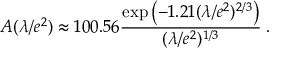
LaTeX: A ( \lambda / e ^ { 2 } ) \approx 1 0 0 . 5 6 { \frac { \exp \left( - 1 . 2 1 ( \lambda / e ^ { 2 } ) ^ { 2 / 3 } \right) } { ( \lambda / e ^ { 2 } ) ^ { 1 / 3 } } } \; .